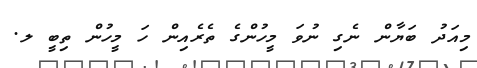
މިއަދު ބަޔާން ނެގި ނުވަ މީހުންގެ ތެރެއިން ހަ މީހުން ތިބީ ލ.